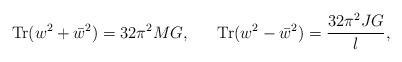
LaTeX: \begin{align*}\mbox{Tr}( w^2 + \bar w^2) = 32\pi^2 MG, \ \ \ \ \ \mbox{Tr}( w^2 - \bar w^2) = {32\pi^2 JG\over l},\end{align*}